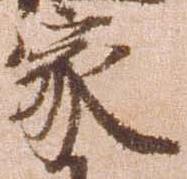
家